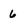
Character: 6